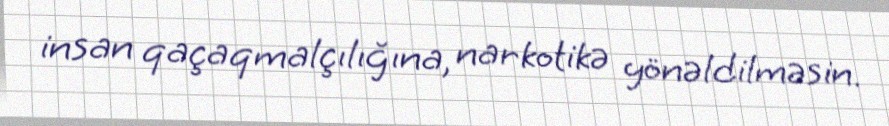
insan qaçaqmalçılığına, narkotikə yönəldilməsin.